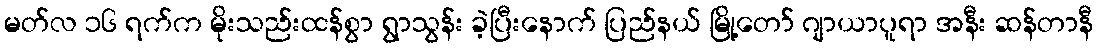
မတ်လ ၁၆ ရက်က မိုးသည်းထန်စွာ ရွာသွန်း ခဲ့ပြီးနောက် ပြည်နယ် မြို့တော် ဂျာယာပူရာ အနီး ဆန်တာနီ